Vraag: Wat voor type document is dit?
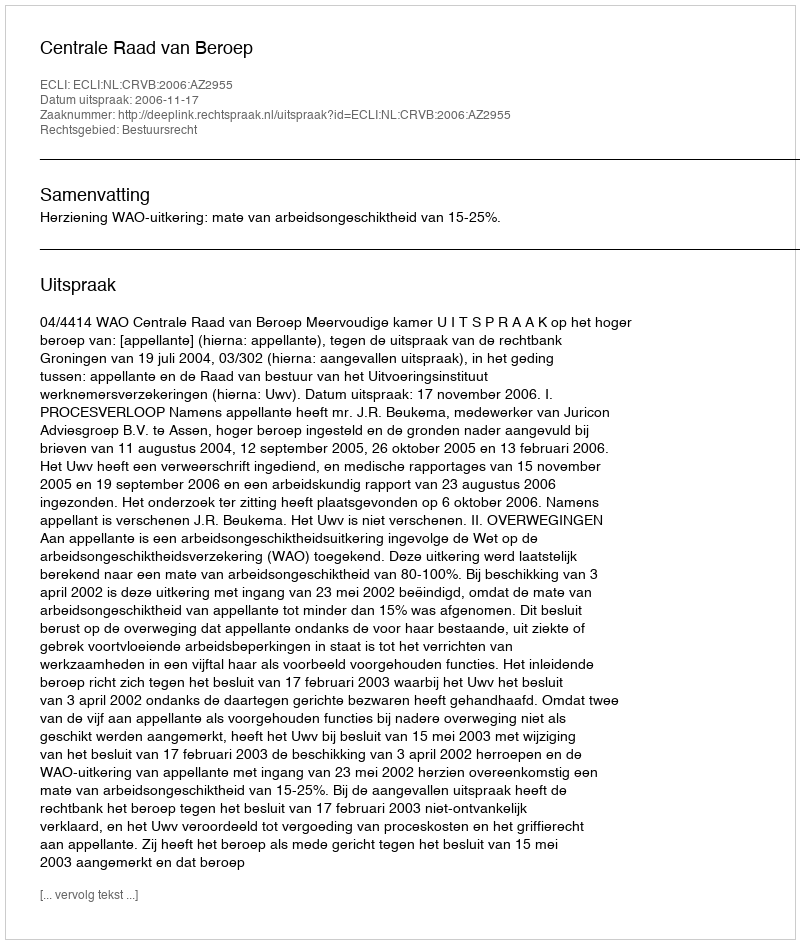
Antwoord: Uitspraak